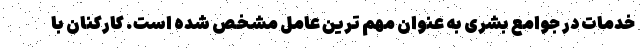
خدمات در جوامع بشری به عنوان مهم ترین عامل مشخص شده است. کارکنان با